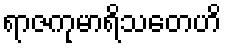
ရာဇကုမာရိသတေဟိ